Civil Veterinary Dept. Bombay admin report 1893-99 - 1893-1899
Year: 1893
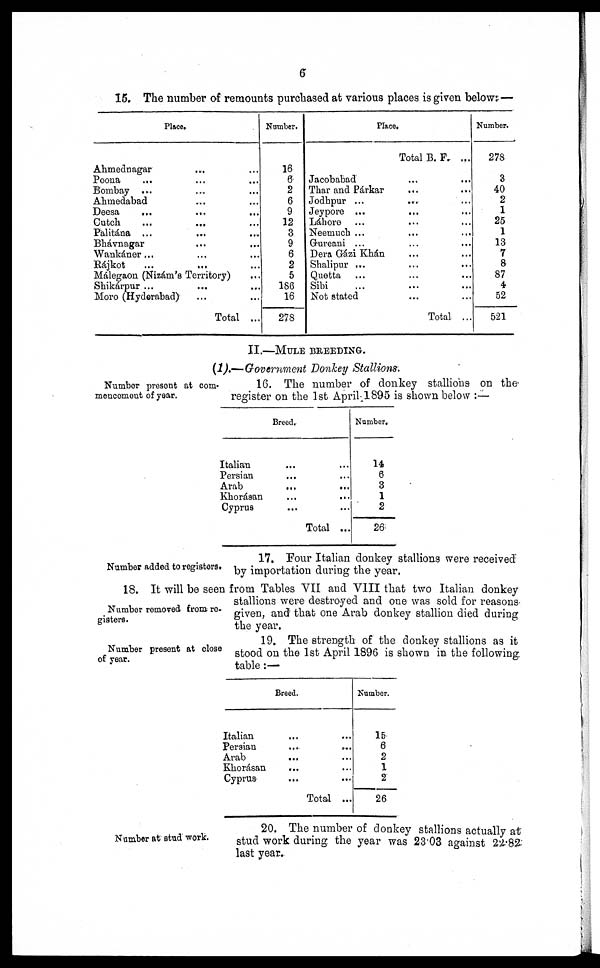
6
15. The number of remounts purchased at various places is given below: —
Place.
Ahmednagar … …
Poona … … …
Bombay ... … …
Ahmedabad … …
Deesa … … …
Cutch
...
... …
Palitána ... … …
Bhávnagar … …
Wankáner ... … …
Rájkot
....
... …
Málegaon (Nizám's Territory)
...
Shikárpur ... … …
Moro (Hyderabad) … …
Total ...
Number.
16
6
2
6
9
12
3
9
6
2
5
186
16
278
Place.
Total B. F. …
Jacobabad … …
Thar and Párkar … …
Jodhpur ... … …
Jeypore ...
... …
Láhore … … …
Neemuch ... … …
Gureani ... … …
Dera Gázi Khan … …
Shalipur ... … …
Quetta … … …
Sibi … … …
Not stated … …
Total ...
Number.
278
3
40
2
1
25
1
13
7
8
87
4
52
521
II.—MULE BREEDING.
(1).—Government Donkey Stallions:
Number present at com-
meucemeut of year.
16. The number of donkey stallions on the
register on the 1st April 1895 is shown below :—
Breed.
Italian
Persian
Arab
Khorásan
Cyprus
…
...
…
…
....
Total
…
…
...
...
....
…
Number.
14
6
3
1
2
26
Number added to registers.
17. Four Italian donkey stallions were received
by importation during the year.
Number removed from re-
gisters.
18. It will be seen from Tables VII and VIII that two Italian donkey
stallions were destroyed and one was sold for reasons
given, and that one Arab donkey stallion died during
the year.
Number present at close
of year.
19. The strength of the donkey stallions as it
stood on the 1st April 1896 is shown in the following
table :—
Breed,
Italian
Persian
Arab
Khorásan
Cyprus
…
...
...
...
....
Total
…
…
…
…
...
...
Number.
15
6
2
1
2
26
Number at stud work.
20. The number of donkey stallions actually at
stud work during the year was 23.03 against 22.82
last year.